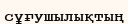
сұғушылықтың